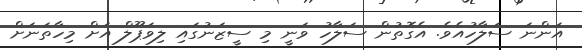
އަންނަ ސަލާހުއެވެ. އެގޮތުން ސަލާހު ވަނީ މި ސީޒަނުގައި ލިވަޕޫލް އަށް މިހާތަނަށް